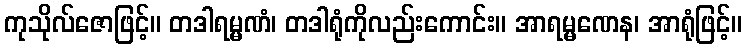
ကုသိုလ်ဇောဖြင့်။ တဒါရမ္မဏံ၊ တဒါရုံကိုလည်းကောင်း။ အာရမ္မဏေန၊ အာရုံဖြင့်။